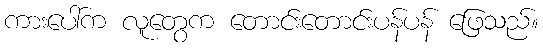
ကားပေါ်က လူတွေက တောင်းတောင်းပန်ပန် ဖြေသည်။